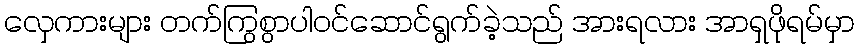
လှေကားများ တက်ကြွစွာပါဝင်ဆောင်ရွက်ခဲ့သည် အားရလား အာရှဖိုရမ်မှာ